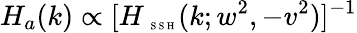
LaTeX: H_{a}(k)\propto[H_{\mathrm{~\tiny~S~S~H~}}(k;w^{2},-v^{2})]^{-1}